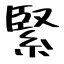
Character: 緊